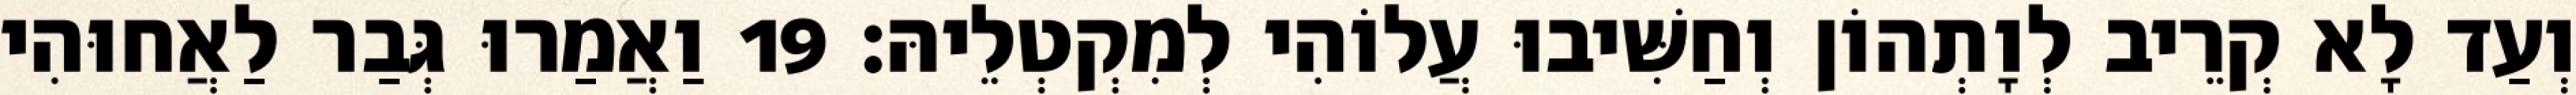
וְעַד לָא קְרֵיב לְוָתְהוֹן וְחַשִּׁיבוּ עֲלוֹהִי לְמִקְטְלֵיהּ׃ 19 וַאֲמַרוּ גְּבַר לַאֲחוּהִי